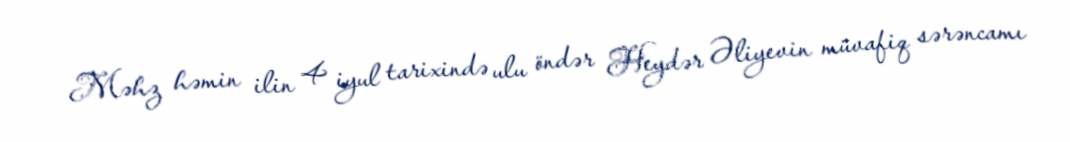
Məhz həmin ilin 4 iyul tarixində ulu öndər Heydər Əliyevin müvafiq sərəncamı